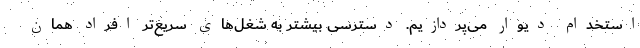
استخدام دیوار می‌پردازیم. دسترسی بیشتر به شغل‌های سریع‌تر افراد همان